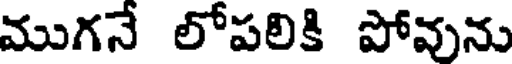
ముగనే లోపలికి పోవును